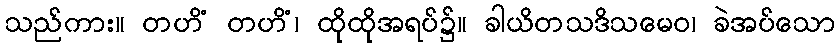
သည်ကား။ တဟိံ တဟိံ၊ ထိုထိုအရပ်၌။ ခါယိတသဒိသမေဝ၊ ခဲအပ်သော